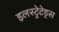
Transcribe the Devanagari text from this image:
इलस्ट्रेटेड्स